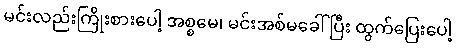
မင်းလည်းကြိုးစားပေါ့ အစ္စမေ၊ မင်းအစ်မခေါ်ပြီး ထွက်ပြေးပေါ့